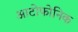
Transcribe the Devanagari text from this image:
आटोफोनिक